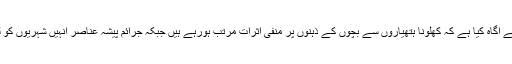
کمشنر کراچی نے محکمہ داخلہ کو خط کے ذریعے آگاہ کیا ہے کہ کھلونا ہتھیاروں سے بچوں کے ذہنوں پر منفی اثرات مرتب ہورہے ہیں جبکہ جرائم پیشہ عناصر انہیں شہریوں کو لوٹنے کے لیےبطور ہتھیار استعمال کررہے ہیں ۔